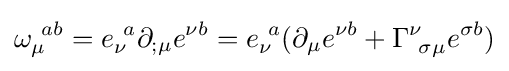
\omega _{\mu }^{\ ab}=e_{\nu }^{\ a}\partial _{;\mu }e^{\nu b}=e_{\nu }^{\ a}(\partial _{\mu }e^{\nu b}+\Gamma _{\ \sigma \mu }^{\nu }e^{\sigma b})